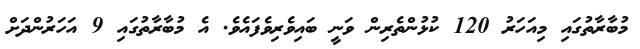
މުބާރާތުގައި މިއަހަރު 120 ކުޅުންތެރިން ވަނީ ބައިވެރިވެފައެވެ. އެ މުބާރާތުގައި 9 އަހަރުންދަށް